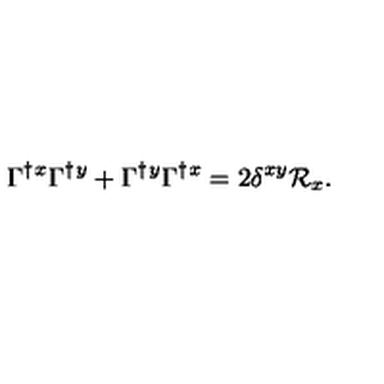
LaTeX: \Gamma ^ { \dagger } { } ^ { x } \Gamma ^ { \dagger } { } ^ { y } + \Gamma ^ { \dagger } { } ^ { y } \Gamma ^ { \dagger } { } ^ { x } = 2 \delta ^ { x y } \mathcal { R } _ { x } .